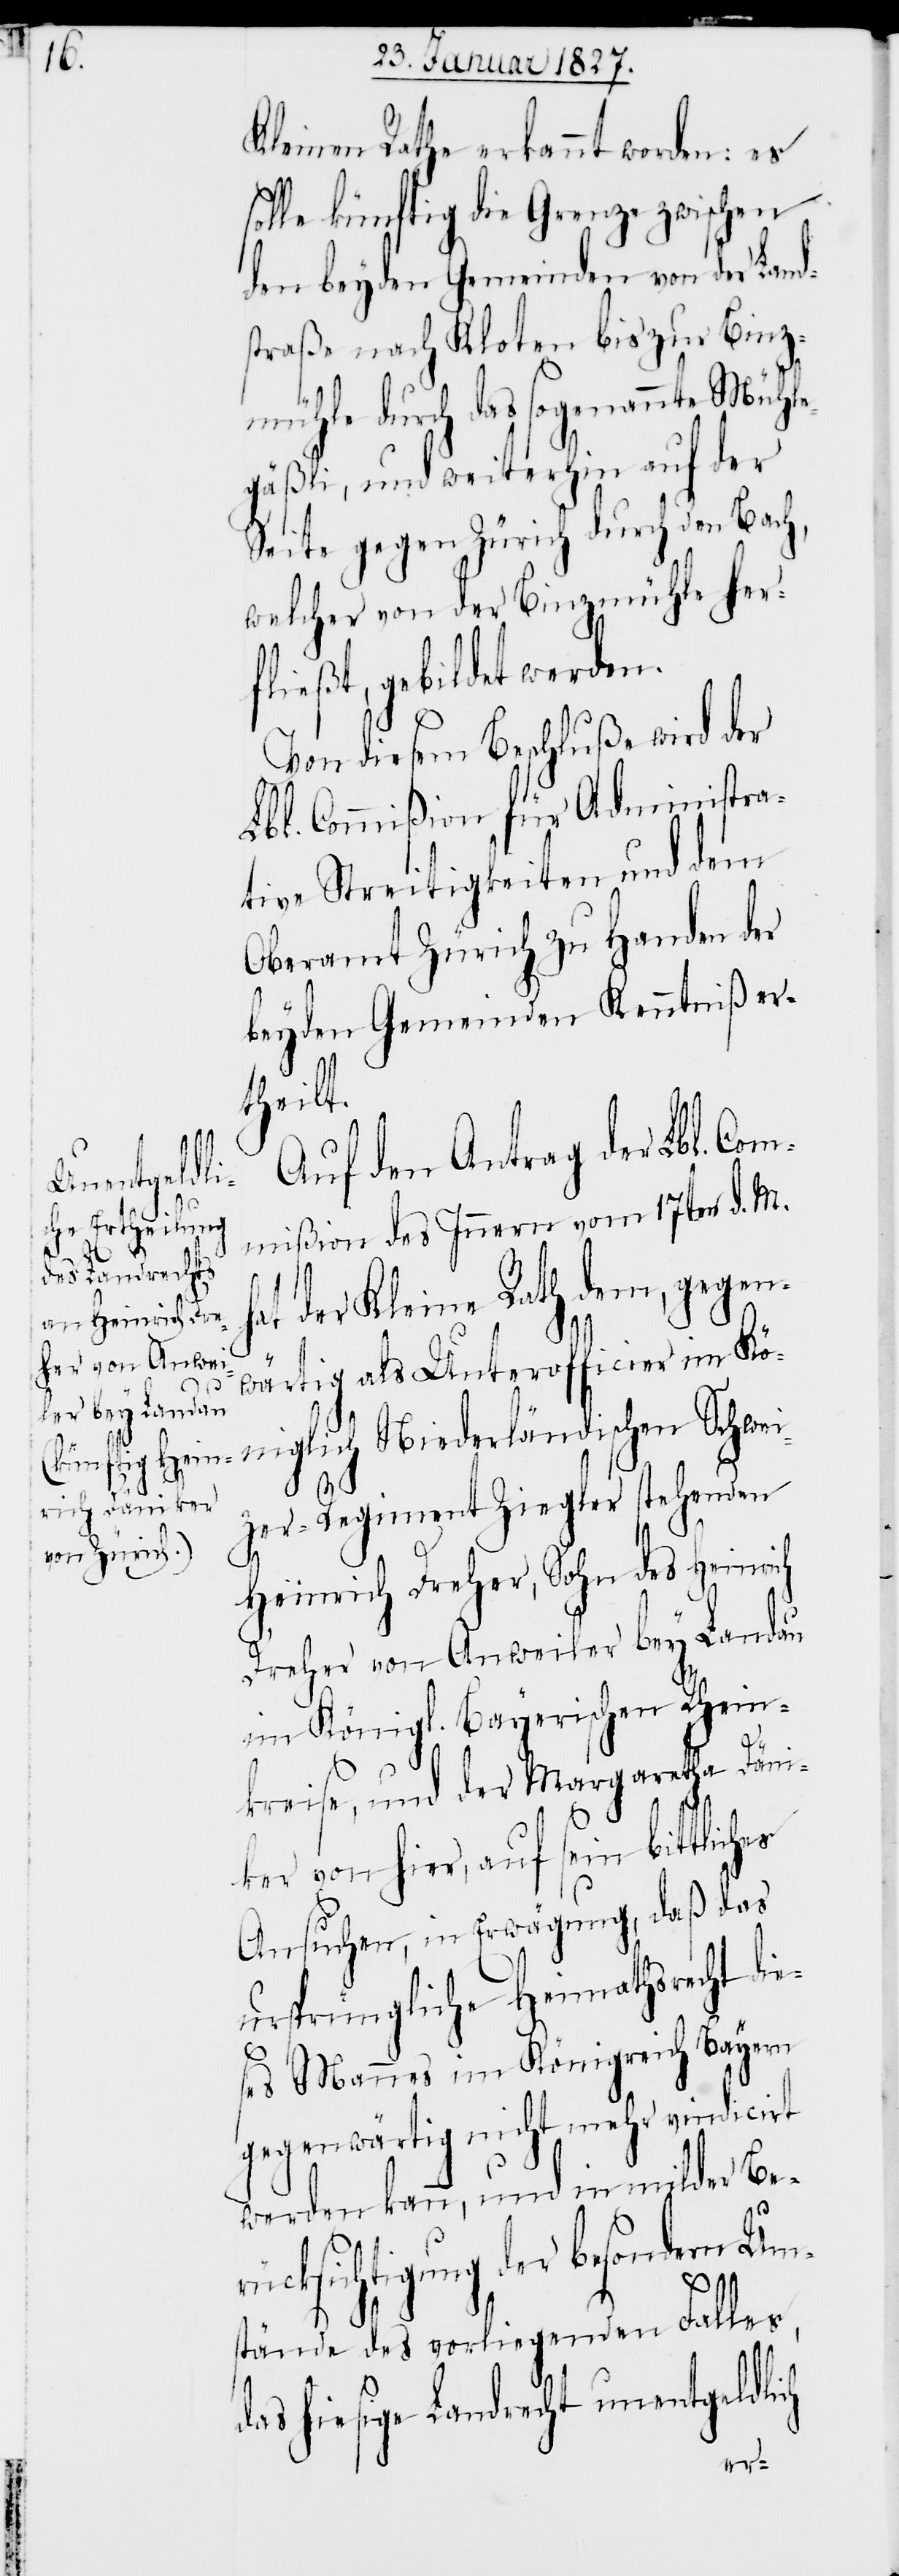
Kleinen Rathe erkannt worden: es
solle künftig die Grenze zwischen
den beyden Gemeinden von der Land¬
straße nach Kloten bis zur Binz¬
mühle durch das sogenannte Mühle¬
gäßli, und weiterhin auf der
Seite gegen Zürich durch den Bach,
welcher von der Binzmühle her¬
fließt, gebildet werden.
Von diesem Beschluße wird der
Lbl. Commißion für Administra¬
tive Streitigkeiten und dem
Oberamt Zürich zu Handen der
beyden Gemeinden Kenntniß er¬
theilt.
Auf den Antrag der Lbl. Com¬
mißion des Innern vom 17ten d. M.
der Kleine Rath dem, gegen¬
wärtig als Unterofficier im Kö¬
niglich Niederländischen Schwei¬
zer-Regiment Ziegler stehenden
Heinrich Dreher, Sohn des Heinrich
Dreher von Anweiler bey Landau
im Königl. Bayerischen Rhein¬
kreise, und der Margaretha Däni¬
ker von hier, auf sein bittliches
Ansuchen, in Erwägung, daß das
ursprüngliche Heimathsrecht di¬
eses Mannes im Königreich Bayern
gegenwärtig nicht mehr vindicirt
werden kann, und in milder Ber¬
ücksichtigung der besondern Um¬
stände des vorliegenden Falles,
das hiesige Landrecht unentgeldlich